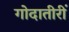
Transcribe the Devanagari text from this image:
गोदातीरीं